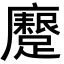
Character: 𮜟